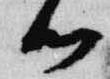
候